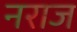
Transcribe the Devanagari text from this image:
नराज